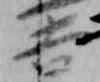
吉